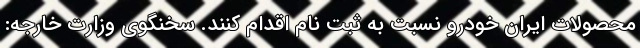
محصولات ایران خودرو نسبت به ثبت نام اقدام کنند. سخنگوی وزارت خارجه: